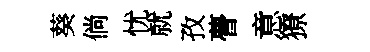
葵倘忧就孜瞢意獠